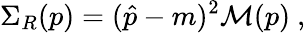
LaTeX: \Sigma_{R}(p)=(\hat{p}-m)^{2}{\cal M}(p)\ ,